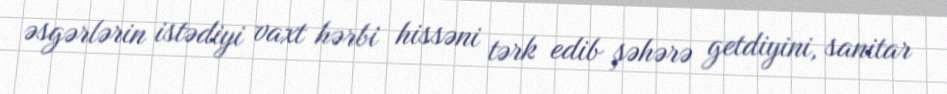
əsgərlərin istədiyi vaxt hərbi hissəni tərk edib şəhərə getdiyini, sanitar